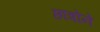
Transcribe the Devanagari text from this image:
छात्रोंने